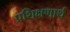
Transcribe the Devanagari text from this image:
प्रशिक्षणार्थ